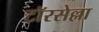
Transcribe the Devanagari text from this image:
टॉरसेल्ला